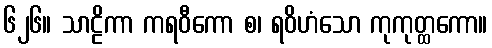
၆၂၆။ သာဠိကာ ကရဝီကော စ၊ ရဝိဟံသော ကုကုတ္ထကော။